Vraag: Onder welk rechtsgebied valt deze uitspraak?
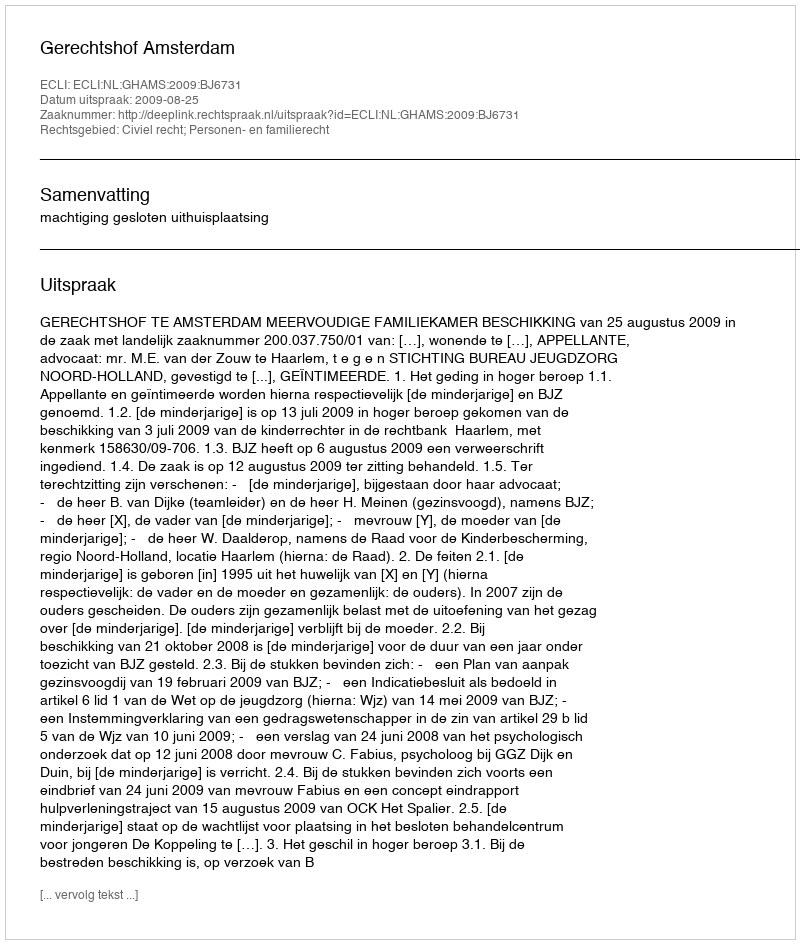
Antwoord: Civiel recht; Personen- en familierecht